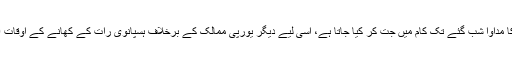
آرام کے اس قدرے طویل وقفے کا مداوا شب گئے تک کام میں جت کر کیا جاتا ہے، اسی لیے دیگر یورپی ممالک کے برخلاف ہسپانوی رات کے کھانے کے اوقات 9 بجے کے بعد شروع ہوتے ہیں۔